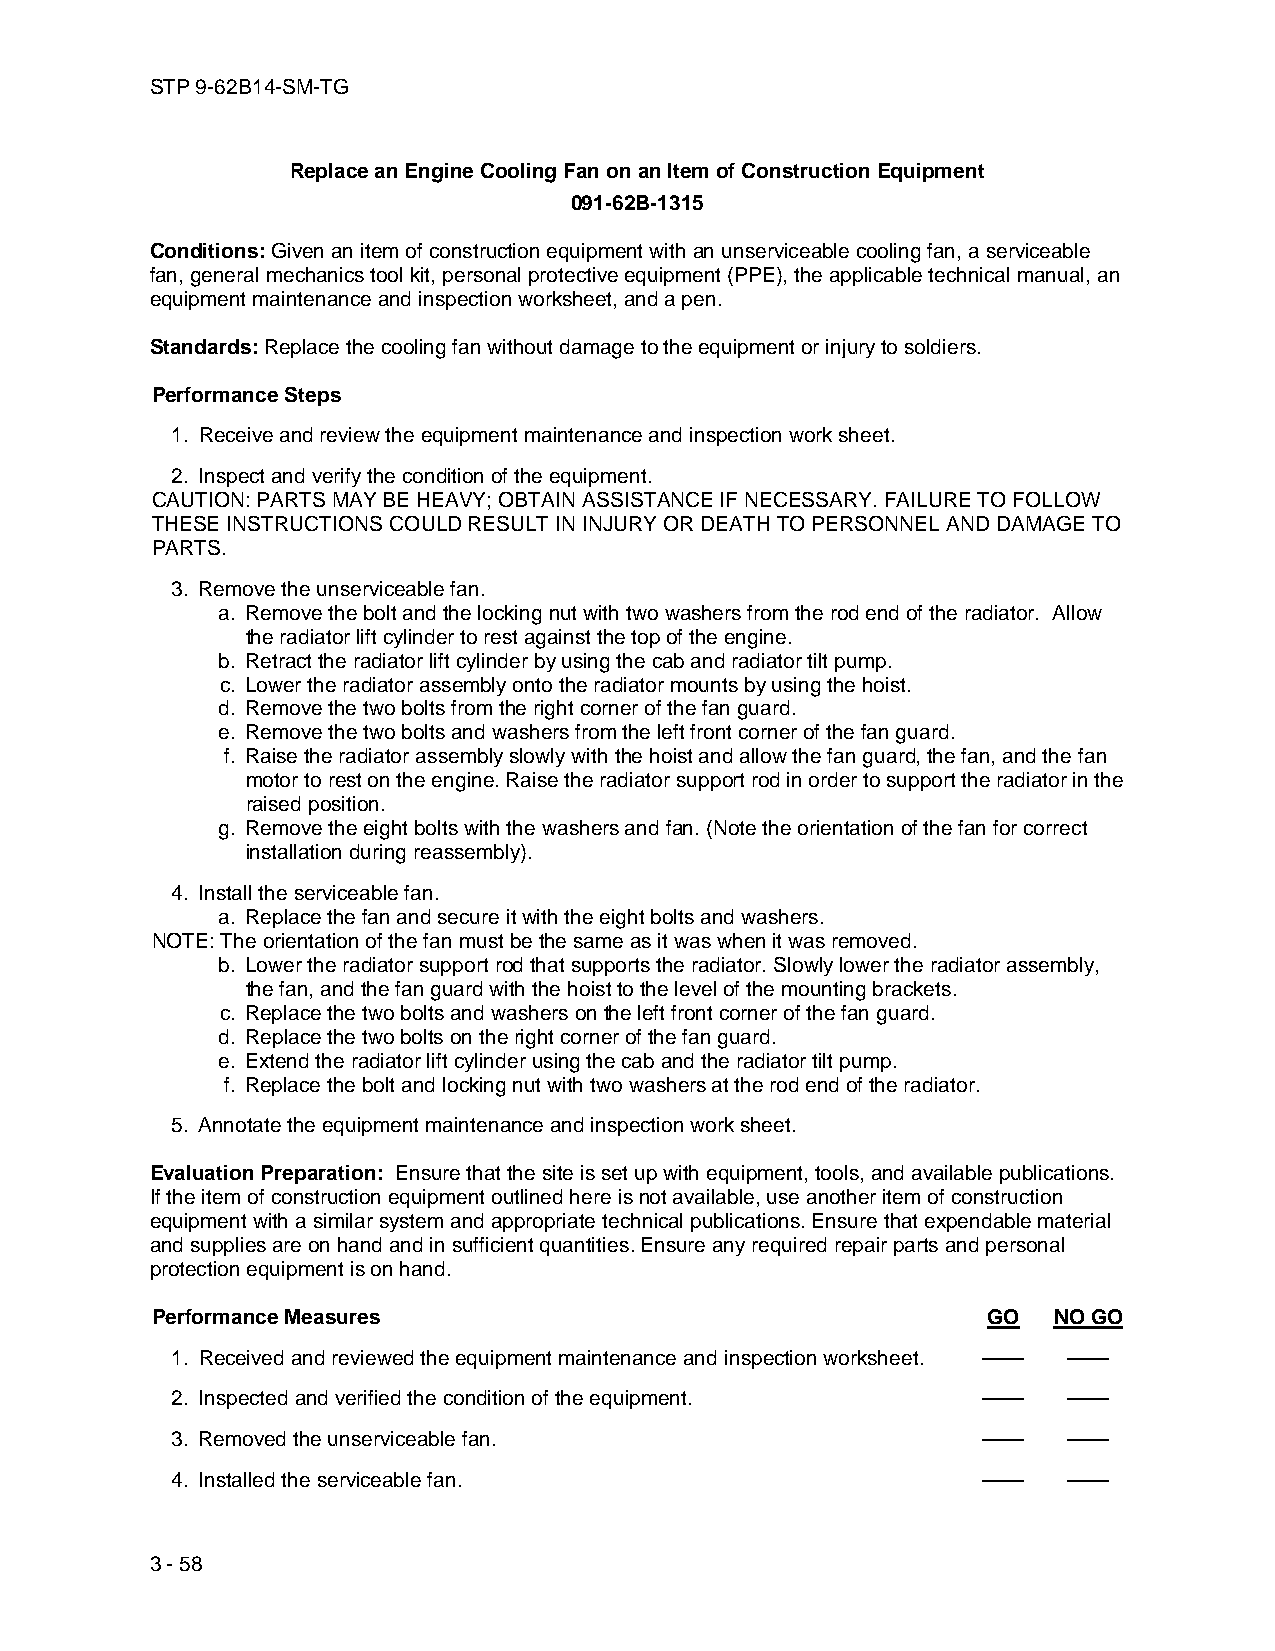
STP 9-62B14-SM-TG
 Replace an Engine Cooling Fan on an Item of Construction Equipment
 091-62B-1315
 Conditions: Given an item of construction equipment with an unserviceable cooling fan, a serviceable
 fan, general mechanics tool kit, personal protective equipment (PPE), the applicable technical manual, an
 equipment maintenance and inspection worksheet, and a pen.
 Standards: Replace the cooling fan without damage to the equipment or injury to soldiers.
 Performance Steps
 1. Receive and review the equipment maintenance and inspection work sheet.
 2. Inspect and verify the condition of the equipment.
 CAUTION: PARTS MAY BE HEAVY; OBTAIN ASSISTANCE IF NECESSARY. FAILURE TO FOLLOW
 THESE INSTRUCTIONS COULD RESULT IN INJURY OR DEATH TO PERSONNEL AND DAMAGE TO
 PARTS.
 3. Remove the unserviceable fan.
 a. Remove the bolt and the locking nut with two washers from the rod end of the radiator. Allow
 the radiator lift cylinder to rest against the top of the engine.
 b. Retract the radiator lift cylinder by using the cab and radiator tilt pump.
 c. Lower the radiator assembly onto the radiator mounts by using the hoist.
 d. Remove the two bolts from the right corner of the fan guard.
 e. Remove the two bolts and washers from the left front corner of the fan guard.
 f. Raise the radiator assembly slowly with the hoist and allow the fan guard, the fan, and the fan
 motor to rest on the engine. Raise the radiator support rod in order to support the radiator in the
 raised position.
 g. Remove the eight bolts with the washers and fan. (Note the orientation of the fan for correct
 installation during reassembly).
 4. Install the serviceable fan.
 a. Replace the fan and secure it with the eight bolts and washers.
 NOTE: The orientation of the fan must be the same as it was when it was removed.
 b. Lower the radiator support rod that supports the radiator. Slowly lower the radiator assembly,
 the fan, and the fan guard with the hoist to the level of the mounting brackets.
 c. Replace the two bolts and washers on the left front corner of the fan guard.
 d. Replace the two bolts on the right corner of the fan guard.
 e. Extend the radiator lift cylinder using the cab and the radiator tilt pump.
 f. Replace the bolt and locking nut with two washers at the rod end of the radiator.
 5. Annotate the equipment maintenance and inspection work sheet.
 Evaluation Preparation: Ensure that the site is set up with equipment, tools, and available publications.
 If the item of construction equipment outlined here is not available, use another item of construction
 equipment with a similar system and appropriate technical publications. Ensure that expendable material
 and supplies are on hand and in sufficient quantities. Ensure any required repair parts and personal
 protection equipment is on hand.
 Performance Measures                                   GO   NO GO
 1. Received and reviewed the equipment maintenance and inspection worksheet. —— ——
 2. Inspected and verified the condition of the equipment. —— ——
 3. Removed the unserviceable fan.                     ——    ——
 4. Installed the serviceable fan.                     ——    ——
 3 - 58